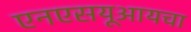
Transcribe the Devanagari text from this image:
एनएसयूआयचा